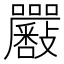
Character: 𡆉